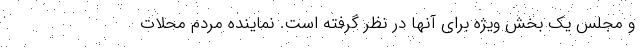
و مجلس یک بخش ویژه برای آنها در نظر گرفته است. نماینده مردم محلات